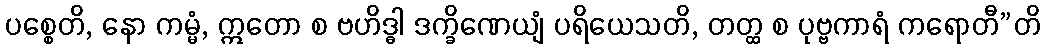
ပစ္စေတိ, နော ကမ္မံ, ဣတော စ ဗဟိဒ္ဓါ ဒက္ခိဏေယျံ ပရိယေသတိ, တတ္ထ စ ပုဗ္ဗကာရံ ကရောတီ”တိ